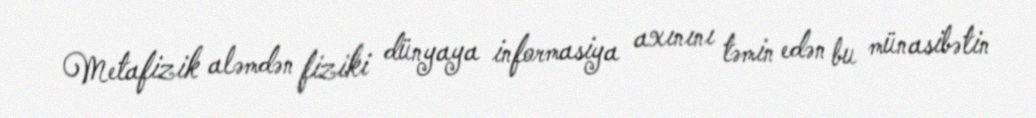
Metafizik aləmdən fiziki dünyaya informasiya axınını təmin edən bu münasibətin